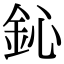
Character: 鈊